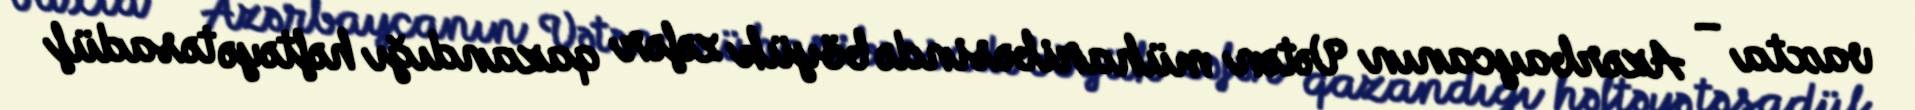
vaxta – Azərbaycanın Vətən müharibəsində böyük zəfər qazandığı həftəyə təsadüf